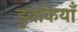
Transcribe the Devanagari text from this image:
डुबकियाँ